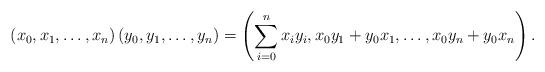
LaTeX: \begin{align*}\left(x_0,x_1,\dots, x_n\right)\left(y_0,y_1,\dots,y_n\right) =\left(\sum_{i=0}^n x_i y_i,x_0y_1+y_0x_1,\dots,x_0y_n+y_0x_n\right).\end{align*}